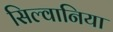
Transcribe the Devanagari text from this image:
सिल्वानिया